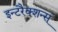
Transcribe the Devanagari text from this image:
इन्टरैक्शन्स्